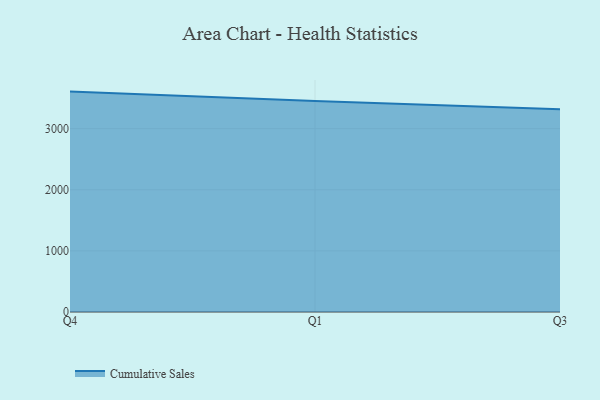
{"axis": {"x": "Quarter", "y": "Active Users"}, "legend": ["Cumulative Sales"], "data": [{"x": "Q4", "y": 3606.7, "type": "Cumulative Sales"}, {"x": "Q1", "y": 3453.4, "type": "Cumulative Sales"}, {"x": "Q3", "y": 3316.1, "type": "Cumulative Sales"}]}